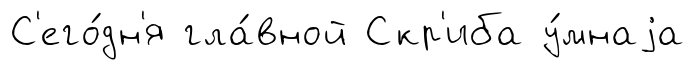
С'его́дн'я гла́вной Скр'иба у́мнаjа